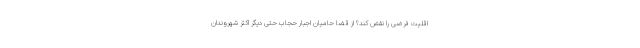
اقلیت فرضی را نقض کند؟ از قضا حامیان اجبار حجاب حتی دیگر اکثر شهروندان